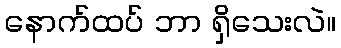
နောက်ထပ် ဘာ ရှိသေးလဲ။